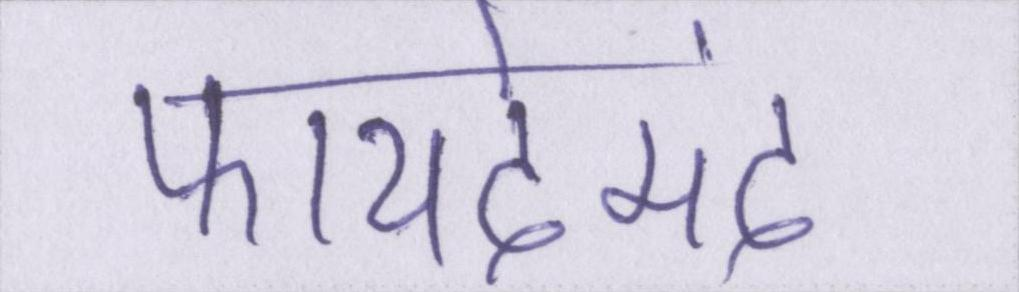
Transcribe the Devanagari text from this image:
फायदेमंद